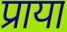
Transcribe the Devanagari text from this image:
प्राया